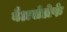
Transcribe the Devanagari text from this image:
बैअर्सडोर्फ